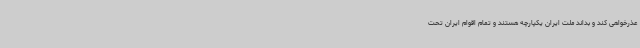
عذرخواهی کند و بداند ملت ایران یکپارچه هستند و تمام اقوام ایران تحت